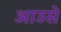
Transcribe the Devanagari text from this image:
आउसे